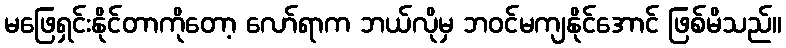
မဖြေရှင်းနိုင်တာကိုတော့ လော်ရာက ဘယ်လိုမှ ဘဝင်မကျနိုင်အောင် ဖြစ်မိသည်။